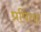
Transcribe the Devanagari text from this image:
प्रपिता